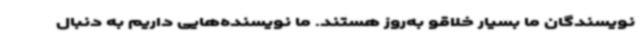
نویسندگان ما بسیار خلاقو به‌روز هستند. ما نویسنده‌هایی داریم به دنبال